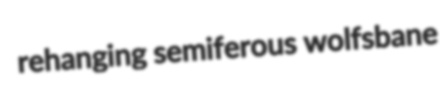
rehanging semiferous wolfsbane